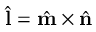
\hat { \mathbf { l } } = \hat { \mathbf { m } } \times \hat { \mathbf { n } }